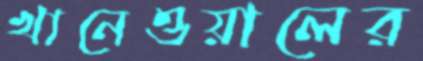
খানেওয়ালের